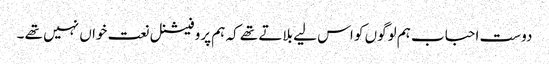
دوست احباب ہم لوگوں کو اس لیے بلاتے تھے کہ ہم پروفیشنل نعت خواں نہیں تھے ۔